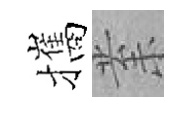
攜𭪙